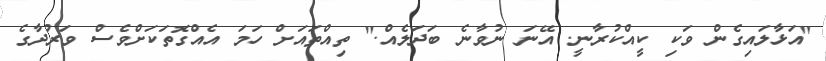
"އަޅާލައިގެން ވަކި ކީއްކުރާނީ. އޭނަ ނުވާނެ ބަދަލެއް." ތިއްތައަށް ހަމަ އެއްގޮތަކަށްވެސް ވަރުދާގެ